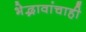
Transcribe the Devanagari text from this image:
भेद्भावांचाही